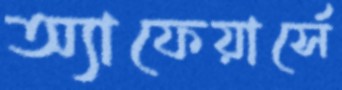
অ্যাফেয়ার্সে